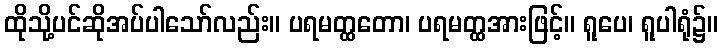
ထိုသို့ပင်ဆိုအပ်ပါသော်လည်း။ ပရမတ္ထတော၊ ပရမတ္ထအားဖြင့်။ ရူပေ၊ ရူပါရုံ၌။